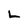
Character: L